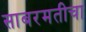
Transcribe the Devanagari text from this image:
साबरमतीचा